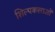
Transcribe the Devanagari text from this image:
शिल्पकलाओं